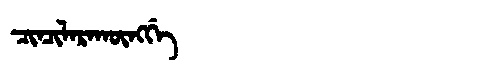
Manchu: ᠴᡳᠨᠴᡳᠯᠠᡵᠠᡴᡡᠩᡤᡝ
Romanization: CINCILARAKŪNGGE